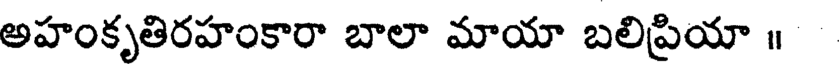
అహంకృతిరహంకారా బాలా మాయా బలిప్రియా ॥